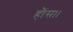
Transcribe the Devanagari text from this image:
हौंस।।